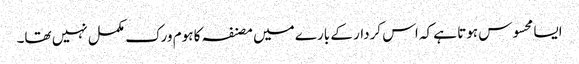
ایسا محسوس ہوتا ہے کہ اس کردار کے بارے میں مصنفہ کا ہوم ورک مکمل نہیں تھا۔